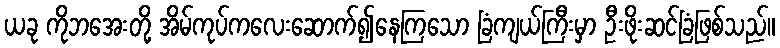
ယခု ကိုဘအေးတို့ အိမ်ကုပ်ကလေးဆောက်၍နေကြသော ခြံကျယ်ကြီးမှာ ဦးဖိုးဆင်ခြံဖြစ်သည်။